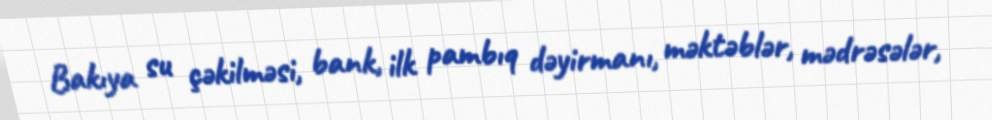
Bakıya su çəkilməsi, bank, ilk pambıq dəyirmanı, məktəblər, mədrəsələr,